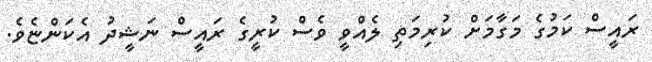
ރައީސް ކަމުގެ މަގާމަށް ކުރިމަތި ލެއްވީ ވެސް ކުރީގެ ރައީސް ނަޝީދު އެކަންޏެވެ.